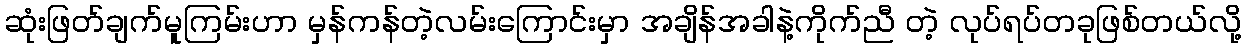
ဆုံးဖြတ်ချက်မူကြမ်းဟာ မှန်ကန်တဲ့လမ်းကြောင်းမှာ အချိန်အခါနဲ့ကိုက်ညီ တဲ့ လုပ်ရပ်တခုဖြစ်တယ်လို့